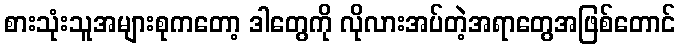
စားသုံးသူအများစုကတော့ ဒါတွေကို လိုလားအပ်တဲ့အရာတွေအဖြစ်တောင်